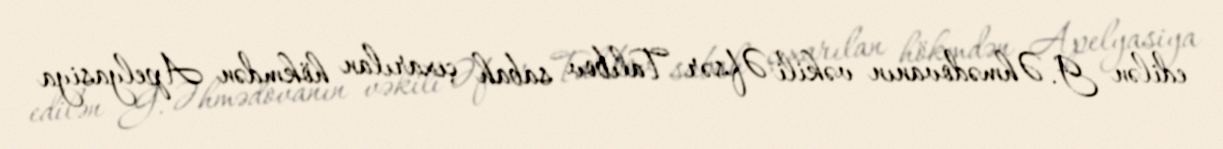
edilən G. Əhmədovanın vəkili Əfsər Talıbov sabah çıxarılan hökmdən Apelyasiya